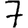
Digit: 7